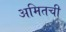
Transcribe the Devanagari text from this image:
अमितची